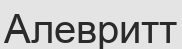
Алевритт